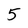
Character: 5